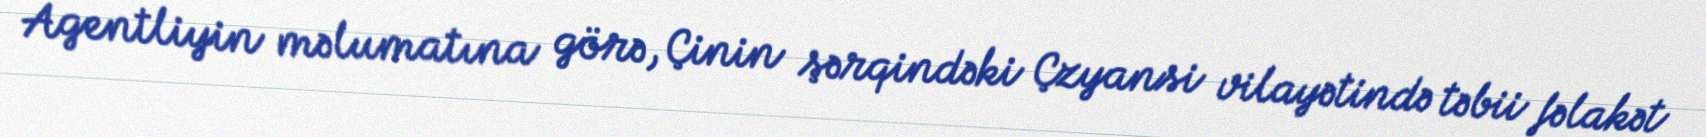
Agentliyin məlumatına görə, Çinin şərqindəki Çzyansi vilayətində təbii fəlakət